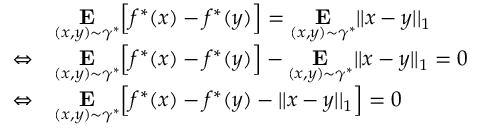
\begin{array} { r l } { { } } & { { } \underset { ( x , y ) \sim \gamma ^ { * } } { \mathbf { E } } \Big [ f ^ { * } ( x ) - f ^ { * } ( y ) \Big ] = \underset { ( x , y ) \sim \gamma ^ { * } } { \mathbf { E } } | | x - y | | _ { 1 } } \\ { \Leftrightarrow } & { { } \underset { ( x , y ) \sim \gamma ^ { * } } { \mathbf { E } } \Big [ f ^ { * } ( x ) - f ^ { * } ( y ) \Big ] - \underset { ( x , y ) \sim \gamma ^ { * } } { \mathbf { E } } | | x - y | | _ { 1 } = 0 } \\ { \Leftrightarrow } & { { } \underset { ( x , y ) \sim \gamma ^ { * } } { \mathbf { E } } \Big [ f ^ { * } ( x ) - f ^ { * } ( y ) - | | x - y | | _ { 1 } \Big ] = 0 } \end{array}